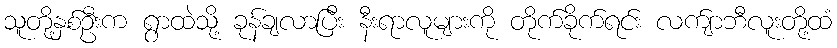
သူတို့နှစ်ဦးက ရွာထဲသို့ ခုန်ချလာပြီး နီးရာလူများကို တိုက်ခိုက်ရင်း လက်ျာဘီလူးတို့ထံ